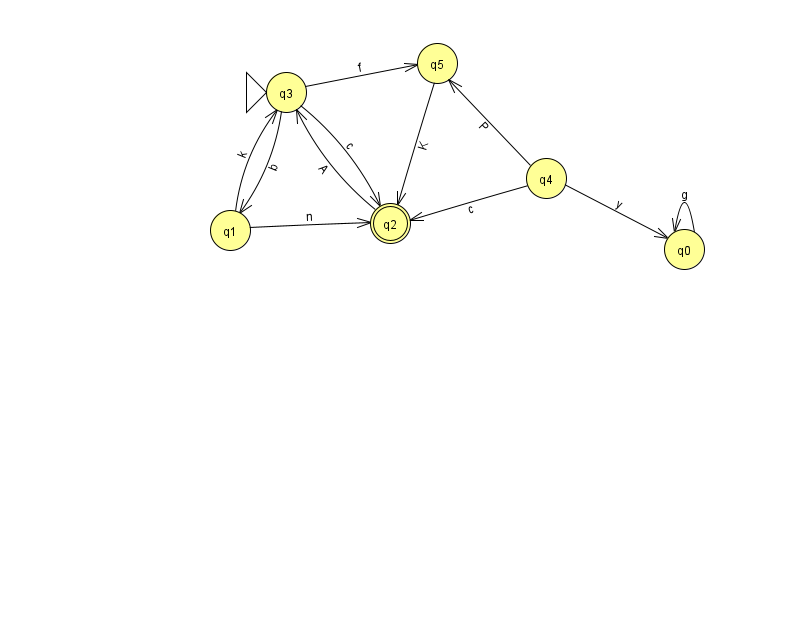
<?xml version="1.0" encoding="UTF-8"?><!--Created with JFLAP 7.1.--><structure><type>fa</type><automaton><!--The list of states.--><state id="0" name="q0"><x>684.0</x><y>236.0</y></state><state id="1" name="q1"><x>230.0</x><y>217.0</y></state><state id="2" name="q2"><x>390.0</x><y>210.0</y><final/></state><state id="3" name="q3"><x>286.0</x><y>79.0</y><initial/></state><state id="4" name="q4"><x>546.0</x><y>165.0</y></state><state id="5" name="q5"><x>437.0</x><y>50.0</y></state><!--The list of transitions.--><transition><from>1</from><to>2</to><read>n</read></transition><transition><from>3</from><to>1</to><read>b</read></transition><transition><from>4</from><to>5</to><read>P</read></transition><transition><from>4</from><to>2</to><read>c</read></transition><transition><from>0</from><to>0</to><read>g</read></transition><transition><from>4</from><to>0</to><read>y</read></transition><transition><from>5</from><to>2</to><read>K</read></transition><transition><from>1</from><to>3</to><read>k</read></transition><transition><from>3</from><to>5</to><read>f</read></transition><transition><from>2</from><to>3</to><read>A</read></transition><transition><from>3</from><to>2</to><read>c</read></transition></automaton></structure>